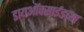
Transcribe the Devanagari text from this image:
डायऑक्साईडच्या